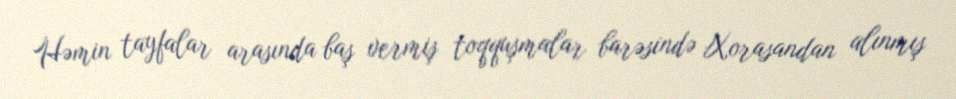
Həmin tayfalar arasında baş vermiş toqquşmalar barəsində Xorasandan alınmış